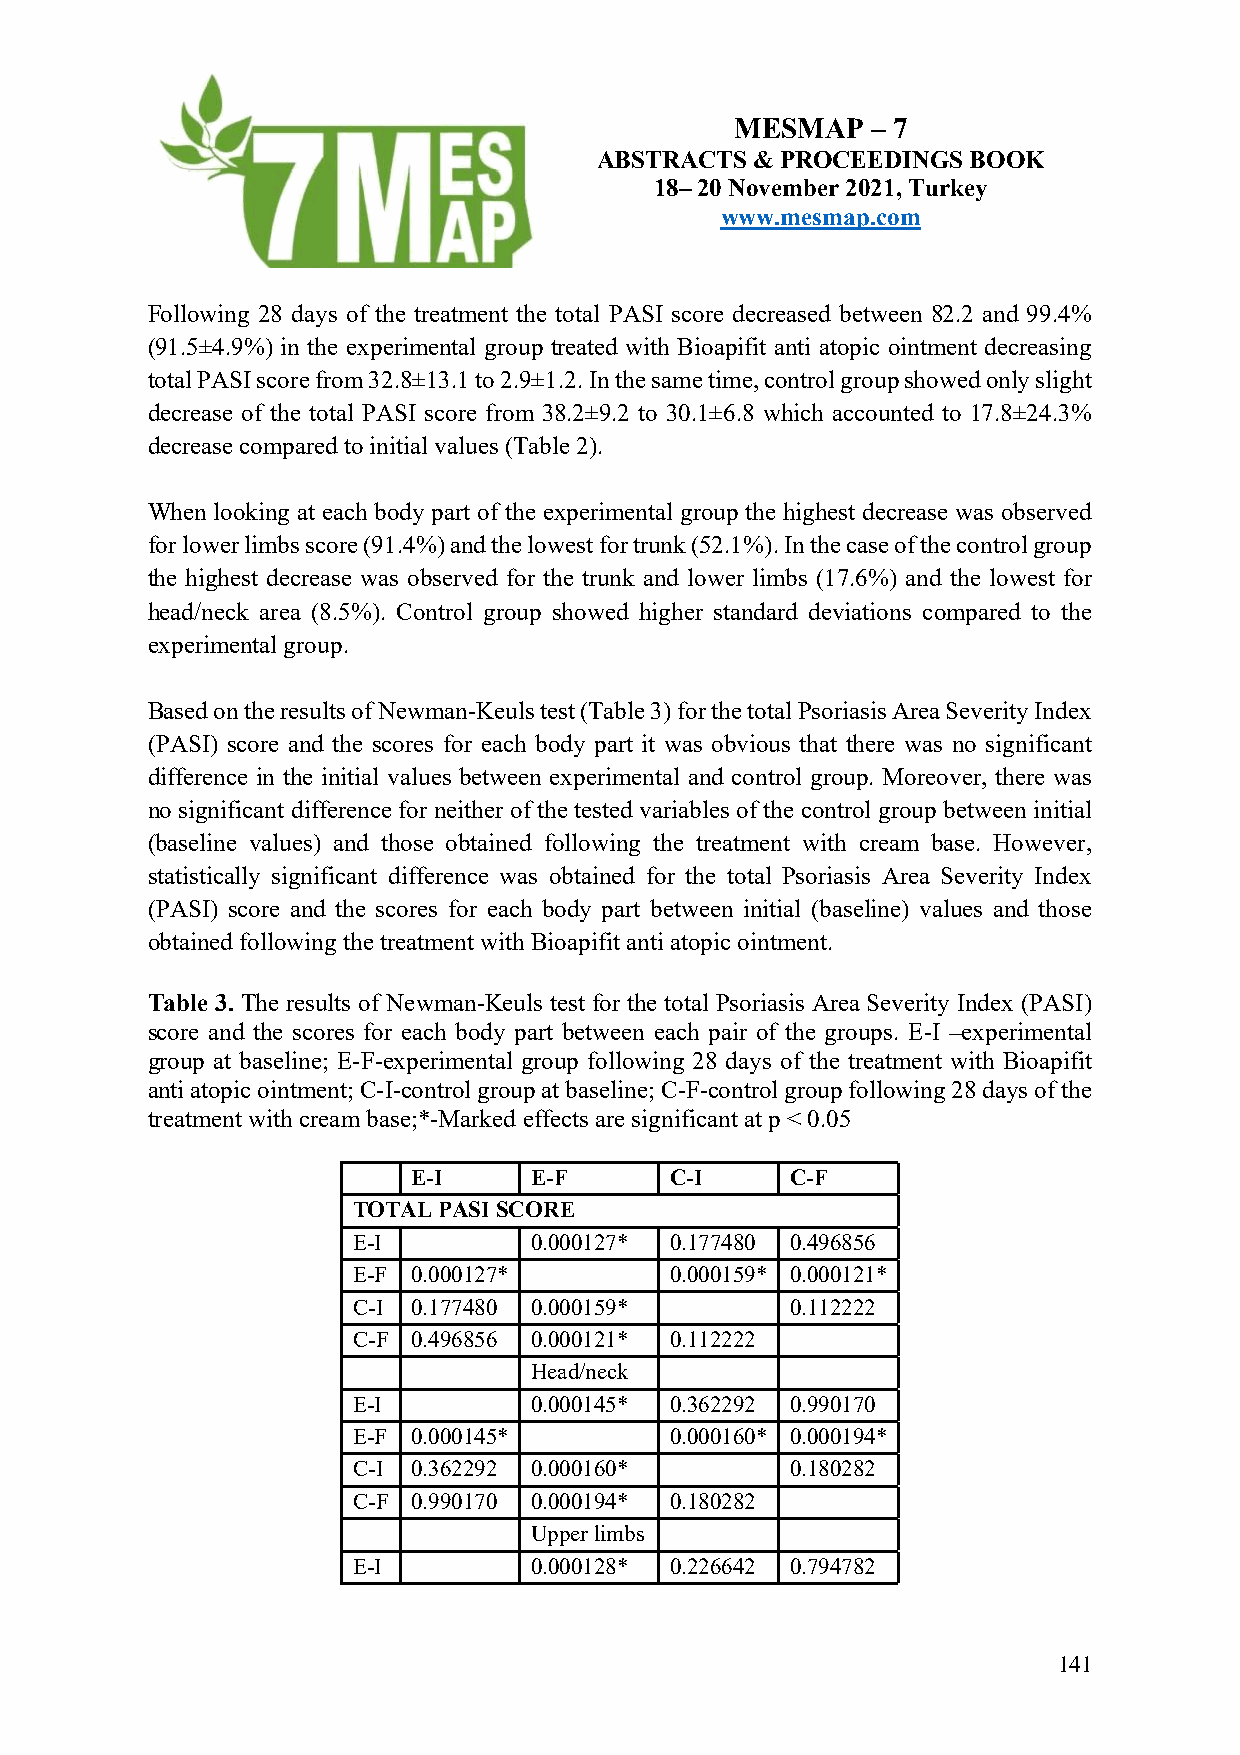
MESMAP   – 7
 ABSTRACTS  & PROCEEDINGS BOOK
 18– 20 November 2021, Turkey
 www.mesmap.com
 Following 28 days of the treatment the total PASI score decreased between 82.2 and 99.4%
 (91.5±4.9%) in the experimental group treated with Bioapifit anti atopic ointment decreasing
 total PASI score from 32.8±13.1 to 2.9±1.2. In the same time, control group showed only slight
 decrease of the total PASI score from 38.2±9.2 to 30.1±6.8 which accounted to 17.8±24.3%
 decrease compared to initial values (Table 2).
 When looking at each body part of the experimental group the highest decrease was observed
 for lower limbs score (91.4%) and the lowest for trunk (52.1%). In the case of the control group
 the highest decrease was observed for the trunk and lower limbs (17.6%) and the lowest for
 head/neck area (8.5%). Control group showed higher standard deviations compared to the
 experimental group.
 Based on the results of Newman-Keuls test (Table 3) for the total Psoriasis Area Severity Index
 (PASI) score and the scores for each body part it was obvious that there was no significant
 difference in the initial values between experimental and control group. Moreover, there was
 no significant difference for neither of the tested variables of the control group between initial
 (baseline values) and those obtained following the treatment with cream base. However,
 statistically significant difference was obtained for the total Psoriasis Area Severity Index
 (PASI) score and the scores for each body part between initial (baseline) values and those
 obtained following the treatment with Bioapifit anti atopic ointment.
 Table 3. The results of Newman-Keuls test for the total Psoriasis Area Severity Index (PASI)
 score and the scores for each body part between each pair of the groups. E-I –experimental
 group at baseline; E-F-experimental group following 28 days of the treatment with Bioapifit
 anti atopic ointment; C-I-control group at baseline; C-F-control group following 28 days of the
 treatment with cream base;*-Marked effects are significant at p < 0.05
 E-I     E-F      C-I     C-F
 TOTAL PASI SCORE
 E-I         0.000127* 0.177480 0.496856
 E-F 0.000127*        0.000159* 0.000121*
 C-I 0.177480 0.000159*       0.112222
 C-F 0.496856 0.000121* 0.112222
 Head/neck
 E-I         0.000145* 0.362292 0.990170
 E-F 0.000145*        0.000160* 0.000194*
 C-I 0.362292 0.000160*       0.180282
 C-F 0.990170 0.000194* 0.180282
 Upper limbs
 E-I         0.000128* 0.226642 0.794782
 141